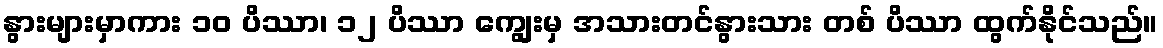
နွားများမှာကား ၁၀ ပိဿာ၊ ၁၂ ပိဿာ ကျွေးမှ အသားတင်နွားသား တစ် ပိဿာ ထွက်နိုင်သည်။